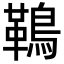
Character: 䳬